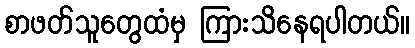
စာဖတ်သူတွေထံမှ ကြားသိနေရပါတယ်။